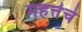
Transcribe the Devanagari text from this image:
महत्तेचे